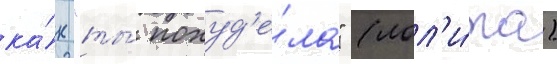
ка́к "ты́ похуд'е́ла" (лол'и́та)